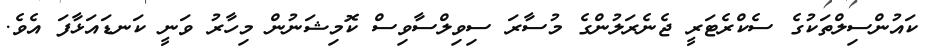
ކައުންސިލްތަކުގެ ސެކްރެޓަރީ ޖެނެރަލުންގެ މުސާރަ ސިވިލްސާވިސް ކޮމިޝަނުން މިހާރު ވަނީ ކަނޑައަޅާފަ އެވެ.